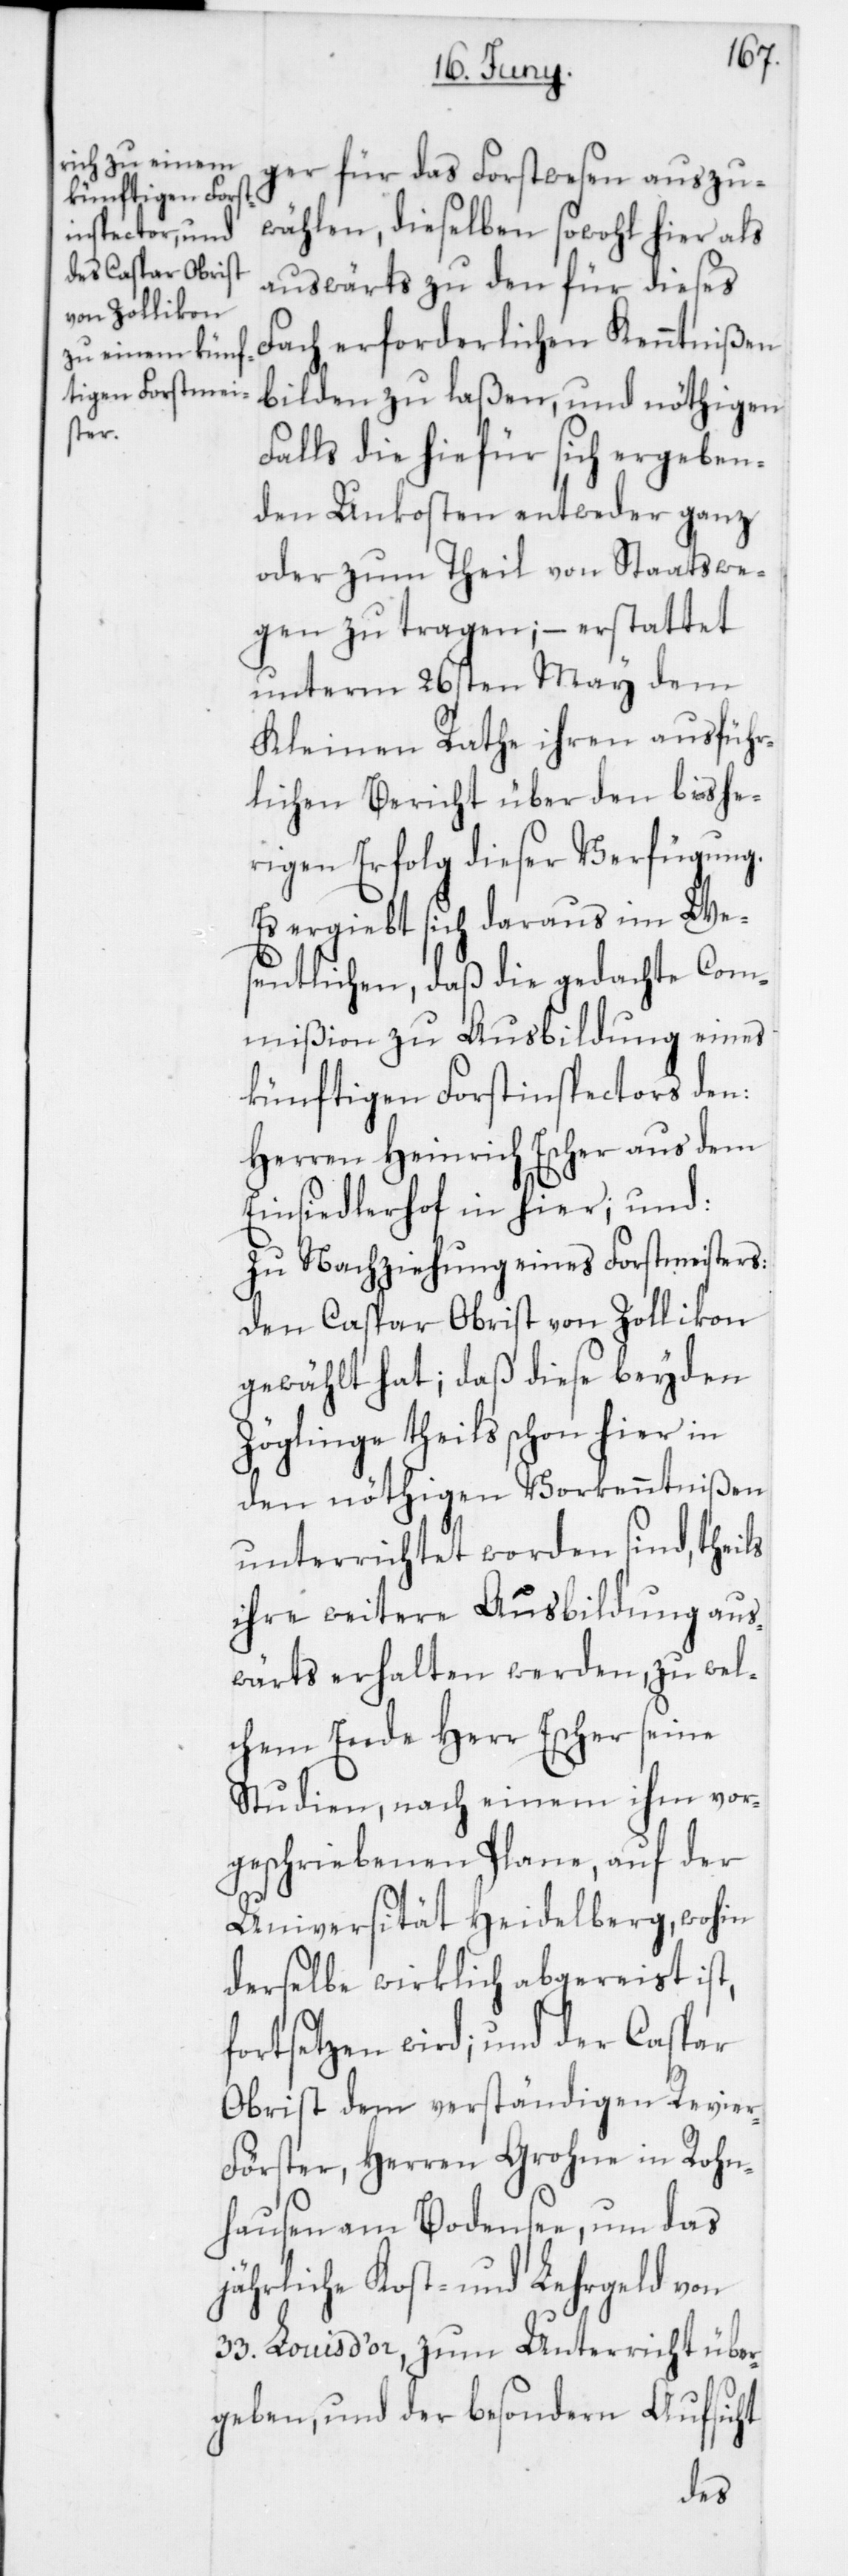
ger für das Forstwesen auszu¬
wählen, dieselben sowohl hier als
auswärts zu den für dieses
Fach erforderlichen Kenntnißen
bilden zu laßen, und nöthigen
Falls die hiefür sich ergeben¬
den Unkosten entweder ganz
oder zum Theil von Staatswe¬
gen zu tragen; – erstattet
unterm 26sten May dem
Kleinen Rathe ihren ausführ¬
lichen Bericht über den bishe¬
rigen Erfolg dieser Verfügung.
Es ergiebt sich daraus im We¬
sentlichen, daß die gedachte Com¬
mißion zu Ausbildung eines
künftigen Forstinspectors den:
Herren Heinrich Escher aus dem
Einsiedlerhof in hier; und:
zu Nachziehung eines Forstmeisters:
den Caspar Obrist von Zollikon
gewählt hat; daß diese beyden
Zöglinge theils schon hier in
den nöthigen Vorkenntnißen
unterrichtet worden sind, theils
ihre weitere Ausbildung aus¬
wärts erhalten werden, zu wel¬
chem Ende Herr Escher seine
Studien, nach einem ihm vor¬
geschriebenen Plane, auf der
Universität Heidelberg, wohin
derselbe wirklich abgereist ist,
fortsetzen wird; und der Caspar
Obrist dem verständigen Revie¬
r-Förster, Herren Grohne in Rohn¬
hausen am Bodensee, um das
jährliche Kost- und Lehrgeld von
33. Louis d’or, zum Unterricht über¬
geben, und der besonderen Aufsicht